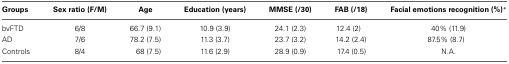
| Groups | Sex ratio (F/M) | Age | Education (years) | MMSE (/30) | FAB (/18) | Facial emotions recognition (%)* |
 | --- | --- | --- | --- | --- | --- | --- |
 | bvFTD | 6/8 | 66.7 (9.1) | 10.9 (3.9) | 24.1 (2.3) | 12.4 (2) | 40% (11.9) |
 | AD | 7/6 | 78.2 (7.5) | 11.3 (3.7) | 23.7 (3.2) | 14.2 (2.4) | 87.5% (8.7) |
 | Controls | 8/4 | 68 (7.5) | 11.6 (2.9) | 28.9 (0.9) | 17.4 (0.5) | N.A. |